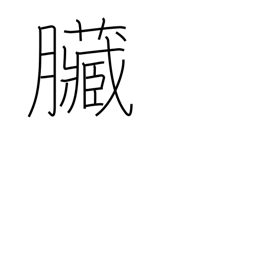
Meaning: bowels